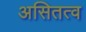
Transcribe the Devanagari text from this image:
असितत्व